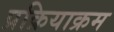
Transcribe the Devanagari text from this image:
प्रक्रियाक्रम